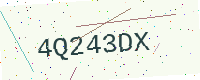
Text: 4Q243DX